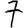
Digit: 7